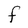
Character: f